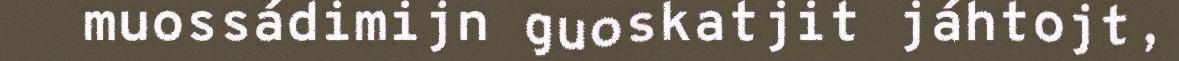
muossádimijn guoskatjit jáhtojt,